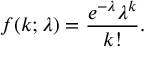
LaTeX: f ( k ; \lambda ) = { \frac { e ^ { - \lambda } \lambda ^ { k } } { k ! } } .